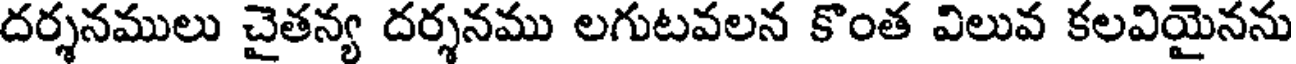
దర్శనములు చైతన్య దర్శనము లగుటవలన కొంత విలువ కలవియైనను